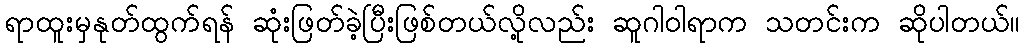
ရာထူးမှနုတ်ထွက်ရန် ဆုံးဖြတ်ခဲ့ပြီးဖြစ်တယ်လို့လည်း ဆူဂါဝါရာက သတင်းက ဆိုပါတယ်။